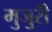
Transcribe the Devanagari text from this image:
मुजुरी